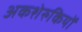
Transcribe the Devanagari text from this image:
अकशेरुकियों